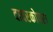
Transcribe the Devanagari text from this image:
दादरकोपरा